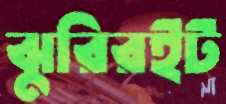
ঝুরিরইট